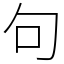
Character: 句